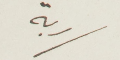
ربة